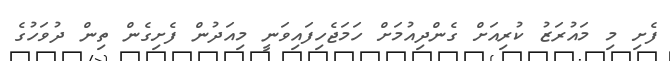
ފެށި މި މައުރަޒު ކުރިއަށް ގެންދިއުމަށް ހަމަޖެހިފައިވަނީ މިއަދުން ފެށިގެން ތިން ދުވަހުގެ